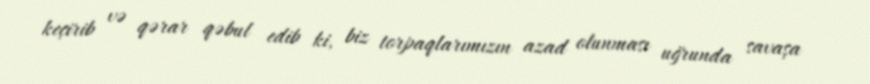
keçirib və qərar qəbul edib ki, biz torpaqlarımızın azad olunması uğrunda savaşa